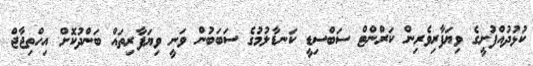
ކުޅުދުއްފުށީގެ ވިޔަފާރިވެރިން ކަރްންޓް ސަބްސިޑީ ކަނޑާލުމުގެ ސަބަބުން ވަނީ ވިޔަފާރިތައް ބަންދުކޮށް އިހްތިޖާޖް